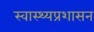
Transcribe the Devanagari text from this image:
स्वास्थ्यप्रशासन